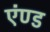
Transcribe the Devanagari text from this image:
एंण्ड